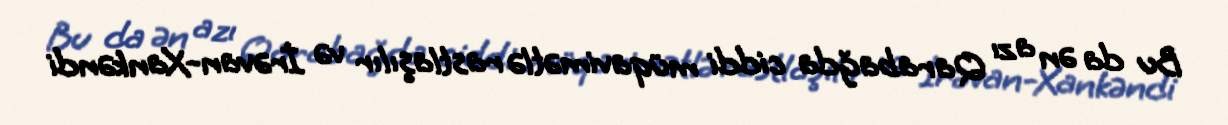
Bu da ən azı Qarabağda ciddi müqavimətlə rastlaşılır və İrəvan-Xankəndi